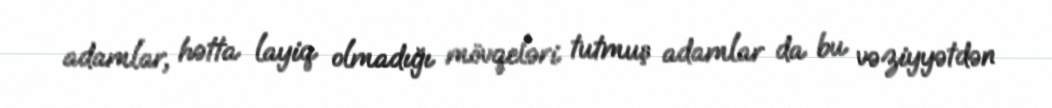
adamlar, hətta layiq olmadığı mövqeləri tutmuş adamlar da bu vəziyyətdən